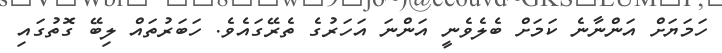
ހަމަޔަށް އަންނާނެ ކަމަށް ބެލެވެނީ އަަންނަ އަހަރުގެ ތެރޭގައެވެ. ހަބަރުތައް ލިބޭ ގޮތުގައި